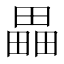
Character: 畾